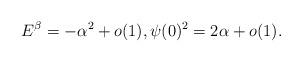
LaTeX: \begin{align*}E^{\beta}=-\alpha^2+o(1), \psi(0)^2=2\alpha+o(1).\end{align*}